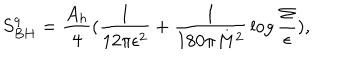
S _ { B H } ^ { q } = { \frac { A _ { h } } { 4 } } ( { \frac { 1 } { 1 2 \pi \epsilon ^ { 2 } } } + { \frac { 1 } { 1 8 0 \pi M ^ { 2 } } } \log { \frac { \Sigma } { \epsilon } } ) ,